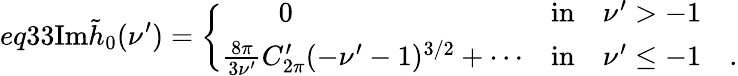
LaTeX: eq33\mathrm{Im}\tilde{h}_{0}(\nu^{\prime})=\left\{ \begin{array}{ll}{{\qquad 0}}&{{\mathrm{in}\quad\nu^{\prime}>-1}}\\ {{\frac{8\pi}{3\nu^{\prime}}C_{2\pi}^{\prime}(-\nu^{\prime}-1)^{3/2}+\cdots}}&{{\mathrm{in}\quad\nu^{\prime}\leq-1\quad.}}\end{array}\right.